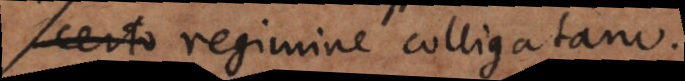
certo regimine colligatam.